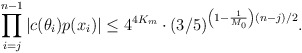
\begin{align*}\prod \limits_{i=j}^{n-1} |c(\theta_i)p(x_i)| \leq 4^{4K_m} \cdot (3/5)^{\left(1 - \frac1{M_0} \right)(n-j)/2}.\end{align*}